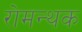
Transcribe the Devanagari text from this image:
रोमन्थक